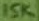
Text: 15K